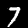
Digit: 7